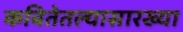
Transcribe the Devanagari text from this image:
कवितेतल्यासारख्या